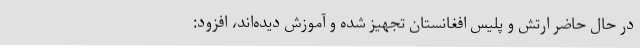
در حال حاضر ارتش و پلیس افغانستان تجهیز شده و آموزش دیده‌اند، افزود: